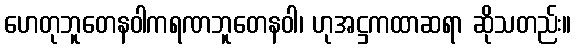
ဟေတုဘူတေနဝါကရဏဘူတေနဝါ၊ ဟုအဋ္ဌကထာဆရာ ဆိုသတည်း။